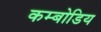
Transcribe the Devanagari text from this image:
कम्बोडिय